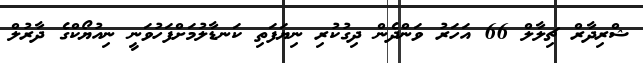
ޝްރިދާރް ޗިލާލް 66 އަހަރު ވަންދެން ދިގުކުރި ނިޔަފަތި ކަނޑާލުމަށްފަހުވަނީ ނިއުޔޯކްގެ ދާރުލް